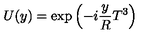
U ( y ) = \exp \left( - i \frac { y } { R } T ^ { 3 } \right)